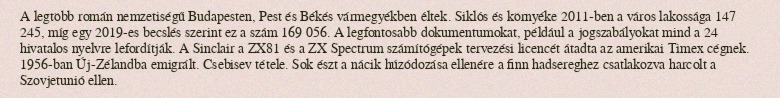
A legtöbb román nemzetiségű Budapesten, Pest és Békés vármegyékben éltek. Siklós és környéke 2011-ben a város lakossága 147 245, míg egy 2019-es becslés szerint ez a szám 169 056. A legfontosabb dokumentumokat, például a jogszabályokat mind a 24 hivatalos nyelvre lefordítják. A Sinclair a ZX81 és a ZX Spectrum számítógépek tervezési licencét átadta az amerikai Timex cégnek. 1956-ban Új-Zélandba emigrált. Csebisev tétele. Sok észt a nácik húzódozása ellenére a finn hadsereghez csatlakozva harcolt a Szovjetunió ellen.